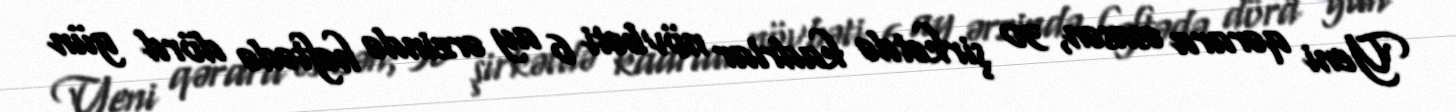
Yeni qərara əsasən, 30 şirkətdə kadrlar növbəti 6 ay ərzində həftədə dörd gün